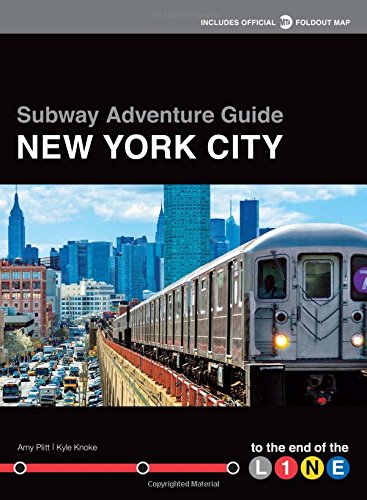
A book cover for Subway Adventure Guide: New York City: To the End of the Line; Kyle Knoke; Engineering & Transportation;